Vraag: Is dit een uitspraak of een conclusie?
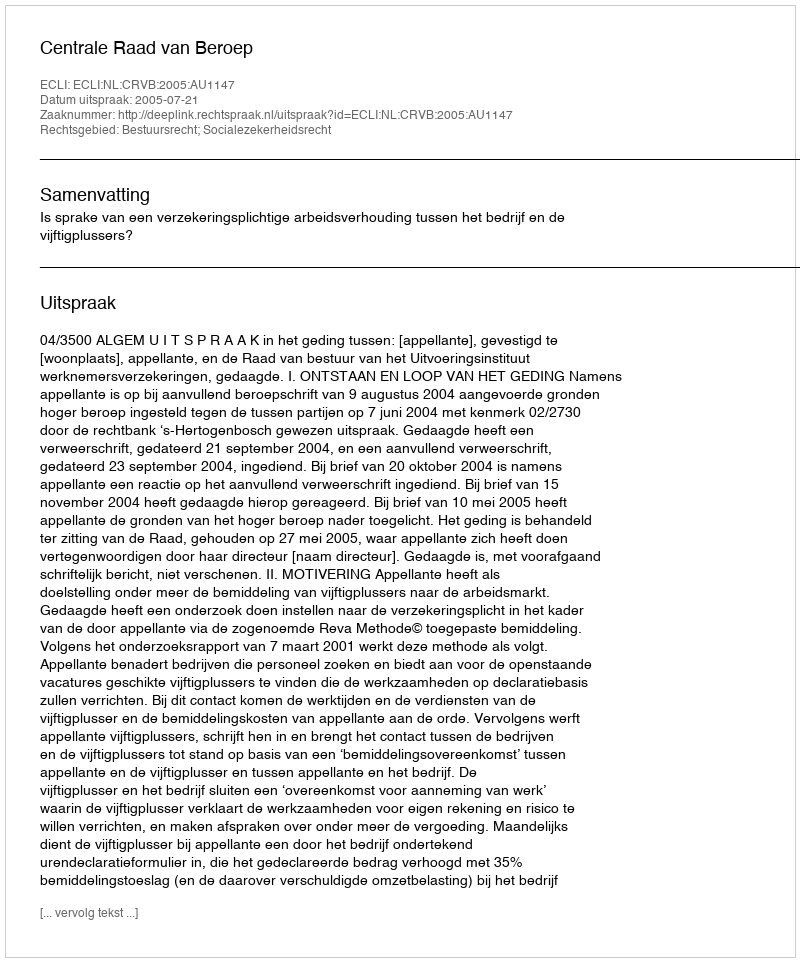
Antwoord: Uitspraak